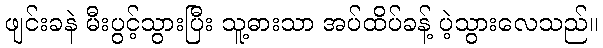
ဖျင်းခနဲ မီးပွင့်သွားပြီး သူ့ဓားသာ အပ်ထိပ်ခန့် ပဲ့သွားလေသည်။